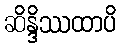
ဆိန္ဒိဿထာပိ